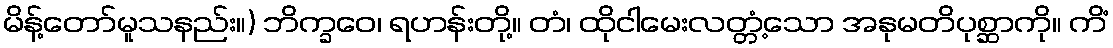
မိန့်တော်မူသနည်း။) ဘိက္ခဝေ၊ ရဟန်းတို့။ တံ၊ ထိုငါမေးလတ္တံ့သော အနုမတိပုစ္ဆာကို။ ကိံ